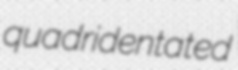
quadridentated